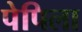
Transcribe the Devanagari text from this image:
पेपिला